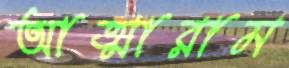
আত্মারাম